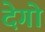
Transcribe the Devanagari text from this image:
देगो